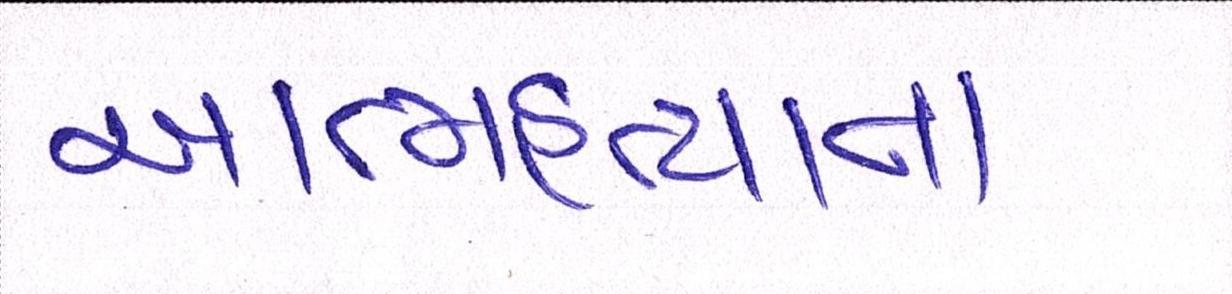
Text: આત્મહત્યાના